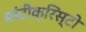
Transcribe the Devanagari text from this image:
मांटीक्रिस्टो